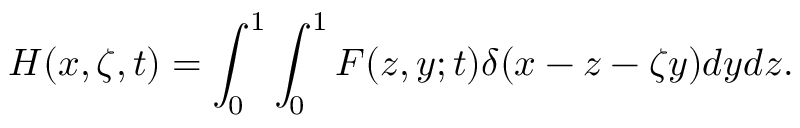
H ( x , \zeta , t ) = \int _ { 0 } ^ { 1 } \int _ { 0 } ^ { 1 } F ( z , y ; t ) \delta ( x - z - \zeta y ) d y d z .